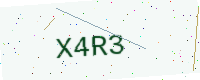
Text: X4R3